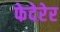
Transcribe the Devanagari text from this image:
फेदेरेर